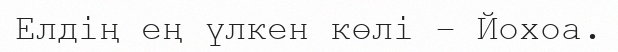
Елдің ең үлкен көлі – Йохоа.